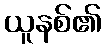
ယူနစ်၏